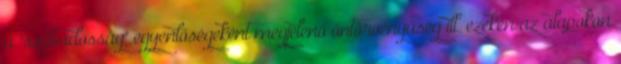
a "szabadosság" egyenlőségeként megjelenő öntörvényűség ill. ezeken az alapokon